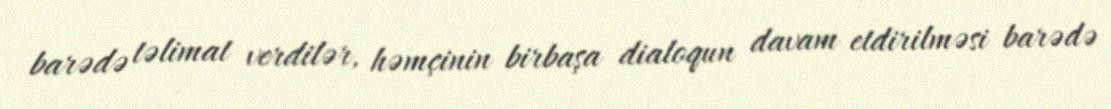
barədə təlimat verdilər, həmçinin birbaşa dialoqun davam etdirilməsi barədə